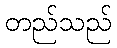
တည်သည်